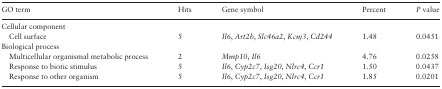
<table><thead><tr><td><b>GO term</b></td><td><b>Hits</b></td><td><b>Gene symbol</b></td><td><b>Percent</b></td><td><b><i>P</i> value</b></td></tr></thead><tbody><tr><td colspan="5">Cellular component</td></tr><tr><td>Cell surface</td><td>5</td><td><i>Il6</i>, <i>Art2b</i>, <i>Slc46a2</i>, <i>Kcnj3</i>, <i>Cd244</i></td><td>1.48</td><td>0.0451</td></tr><tr><td colspan="5">Biological process</td></tr><tr><td>Multicellular organismal metabolic process</td><td>2</td><td><i>Mmp10</i>, <i>Il6</i></td><td>4.76</td><td>0.0258</td></tr><tr><td>Response to biotic stimulus</td><td>5</td><td><i>Il6</i>, <i>Cyp2c7</i>, <i>Isg20</i>, <i>Nlrc4</i>, <i>Ccr1</i></td><td>1.50</td><td>0.0437</td></tr><tr><td>Response to other organism</td><td>5</td><td><i>Il6</i>, <i>Cyp2c7</i>, <i>Isg20</i>, <i>Nlrc4</i>, <i>Ccr1</i></td><td>1.85</td><td>0.0201</td></tr></tbody></table>